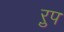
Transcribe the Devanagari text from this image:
ऱुप